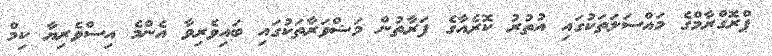
ޕްރޮގްރާމްގެ މައްސަލަތަކުގައި އުތުރު ކޮރެއާގެ ފަރާތުން މަޝްވަރާތަކުގައި ބައިވެރިވާ އެންމެ އިސްވެރިޔާ ކިމް